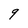
Character: 9